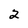
Character: 2